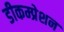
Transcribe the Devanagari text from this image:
डीकम्प्रेशन